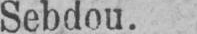
Sebdou.